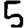
Digit: 5